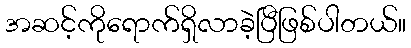
အဆင့်ကိုရောက်ရှိလာခဲ့ပြီဖြစ်ပါတယ်။